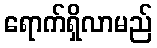
ရောက်ရှိလာမည်